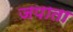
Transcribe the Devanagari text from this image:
जपाता